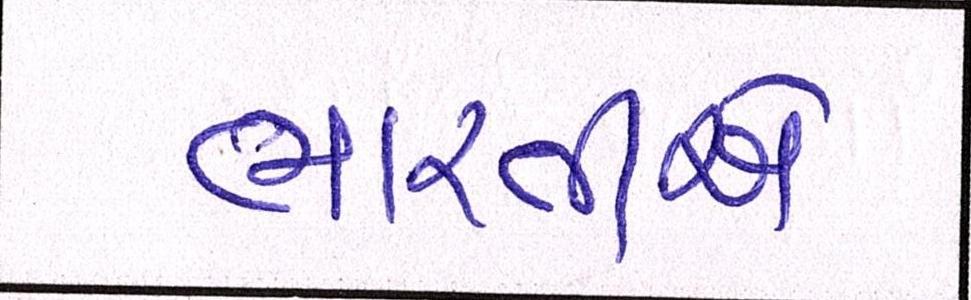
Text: ભારતીએ